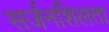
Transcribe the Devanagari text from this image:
सर्जनशिलता